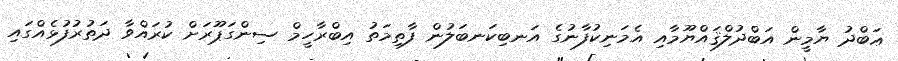
ޢަބްދު ޔާމީން އަބްދުލްޤައްޔޫމާއި އެމަނިކުފާނުގެ އަނބިކަނބަލުން ފާތިމަތު އިބްރާހީމް ސިންގަޕޫރަށް ކުރައްވާ ދަތުރުފުޅެއްގައި